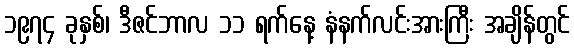
၁၉၇၄ ခုနှစ်၊ ဒီဇင်ဘာလ ၁၁ ရက်နေ့ နံနက်လင်းအားကြီး အချိန်တွင်